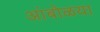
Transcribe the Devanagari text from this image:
आंबोळया